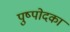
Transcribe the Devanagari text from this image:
पुष्पोदका